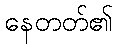
နေတတ်၏